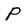
Character: P